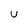
Character: U